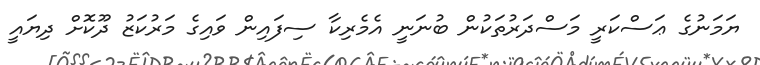
ޔަމަނުގެ ޢަސްކަރީ މަސްދަރުތަކުން ބުނަނީ އެމެރިކާ ސިފައިން ވައިގެ މަރުކަޒު ދޫކޮށް ދިޔައީ